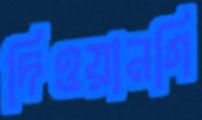
দিওয়ানগি